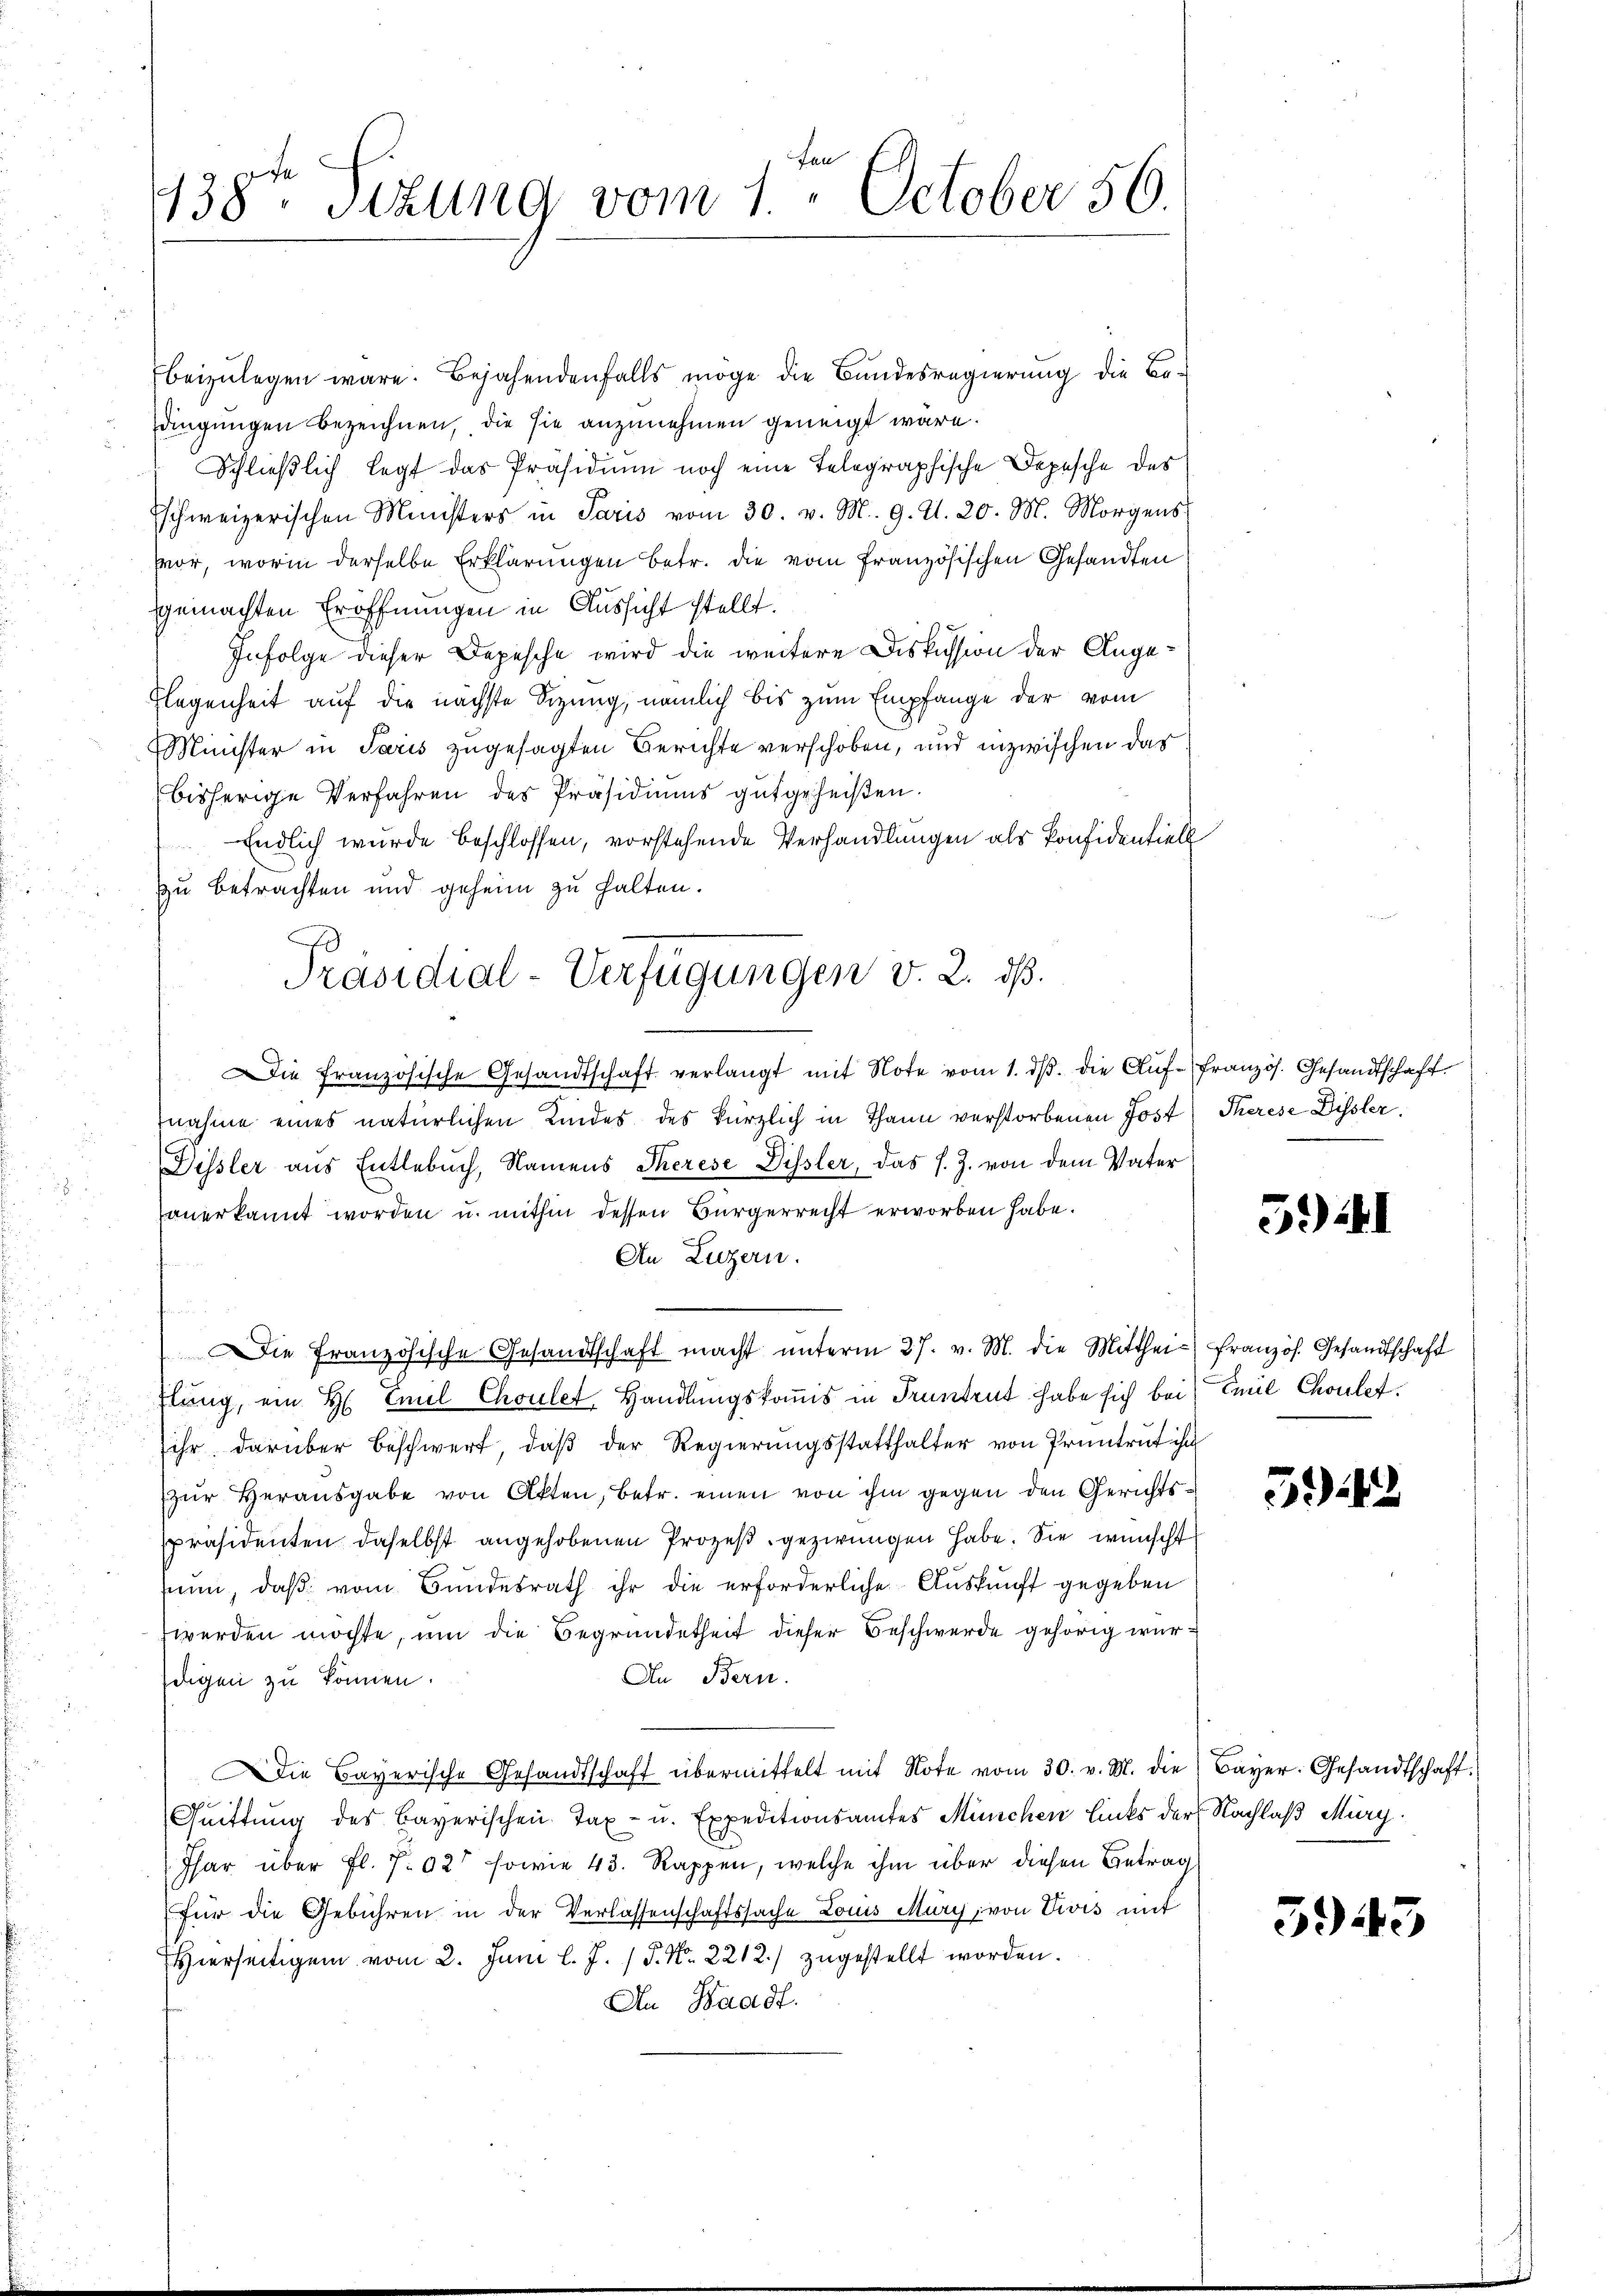
38ten Sizung vom 1. October 50.

beizulegen wäre. Bejahendenfalls möge die Bundesregierung die Bedingungen bezeichnen, die sie anzunehmen geneigt wäre.
Schließlich legt das Präsidium noch eine Telegraphische Depesche des
Eschweizerischen Ministers in Paris vom 30. v. M. 9. U. 20. M. Morgens
vor, worin derselbe Erklärungen betr. die vom französischen Gesandten
gemachten Eröffnungen in Aussicht stellt.
Infolge dieser Depesche wird die weitere Diskussion der Ange¬
Flegenheit auf die nächste Sizung, nämlich bis zum Empfange der vom
Minister in Paris zugesagten Berichte verschoben, und inzwischen das
bisherige Verfahren des Präsidiums gutgeheißen.
Endlich wurde beschlossen, vorstehende Verhandlungen als Konfidentiell
zu betrachten und geheim zu halten.
Die französische Gesandtschaft verlangt mit Note vom 1. ds. die Auf-Französ. Gesandtschaft.
tnahme eines natürlichen Kindes des kürzlich in Thann verstorbenen Jost Therese Dissler,
Dissler aus Entlebuch, Namens Therese Dissler, das s. Z. von dem Vater
anerkannt worden u. mithin dessen Bürgerrecht erworben habe.
An Luzern.
u
Die Französische Gesandtschaft macht ŭnterm 27. v. M. die Mitthei- französ. Gesandtschaft
d
flung, ein H. Emil Chouler, Handlungskomis in Truntent habe sich bei Emil Cholet.
u

ihr darüber beschwert, daß der Regierungsstatthalter von Pruntrut ihn
zŭr Herausgabe von Akten, betr. einen von ihm gegen den Gerichtspräsidenten daselbst angehobenen Prozeß gezwungen habe. Sie wünscht
un, daß vom Bundesrath ihr die erforderliche Auskunft gegeben
werden möchte, um die Begründetheit dieser Beschwerde gehörig wur¬
An Bern.
digen zu können.
Die Bayerische Gesandtschaft übermittelt mit Note vom 30. v. M. die Bayer. Gesandtschaft.
u
Quittung des Bayerischen Tax- u. Expeditionsamtes München links der Nachlaß Mürg
Phar über fl. 702 sowie 43. Rappen, welche ihm über diesen Betrag
für die Gebühren in der Verlassenschaftssache Louis Mury, von Divis mit
n
Hierseitigen vom 2. Juni l. J. 13. No. 2212.) zugestellt worden.
An Waadt.

Präsidial-Verfügungen v. 2. dß.

5.) Al

542

3943